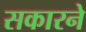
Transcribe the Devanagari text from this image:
सकारने